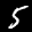
Label: 5